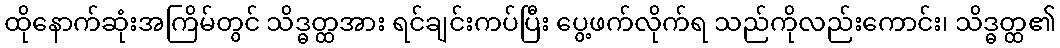
ထိုနောက်ဆုံးအကြိမ်တွင် သိဒ္ဓတ္ထအား ရင်ချင်းကပ်ပြီး ပွေ့ဖက်လိုက်ရ သည်ကိုလည်းကောင်း၊ သိဒ္ဓတ္ထ၏